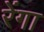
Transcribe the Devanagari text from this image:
रेंगा